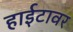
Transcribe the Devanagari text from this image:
हाईटावर